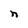
Character: n